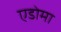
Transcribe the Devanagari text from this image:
एडोमा